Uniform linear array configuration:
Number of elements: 4
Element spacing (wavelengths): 0.25
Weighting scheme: hamming
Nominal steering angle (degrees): -45
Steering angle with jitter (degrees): -43.184
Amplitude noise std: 0.05
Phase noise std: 0.05

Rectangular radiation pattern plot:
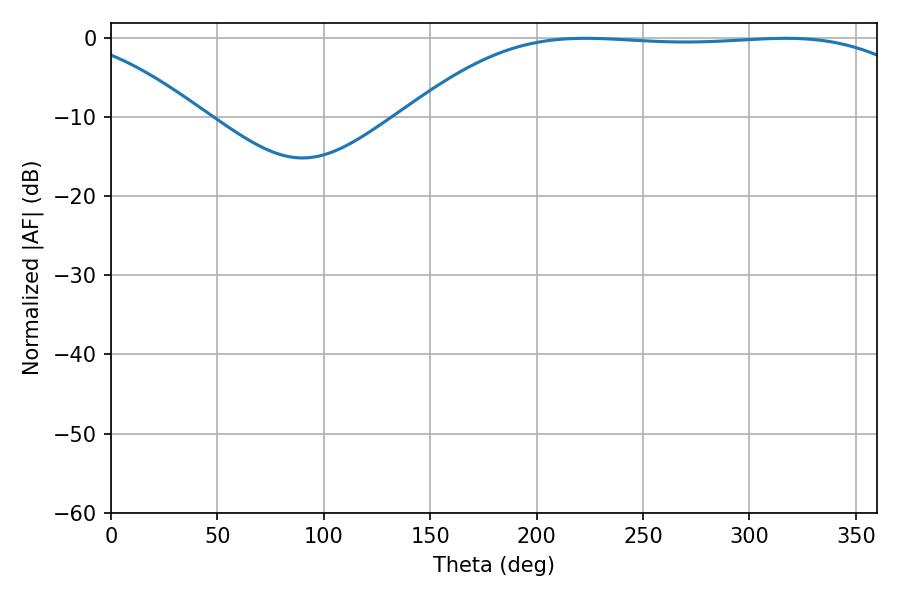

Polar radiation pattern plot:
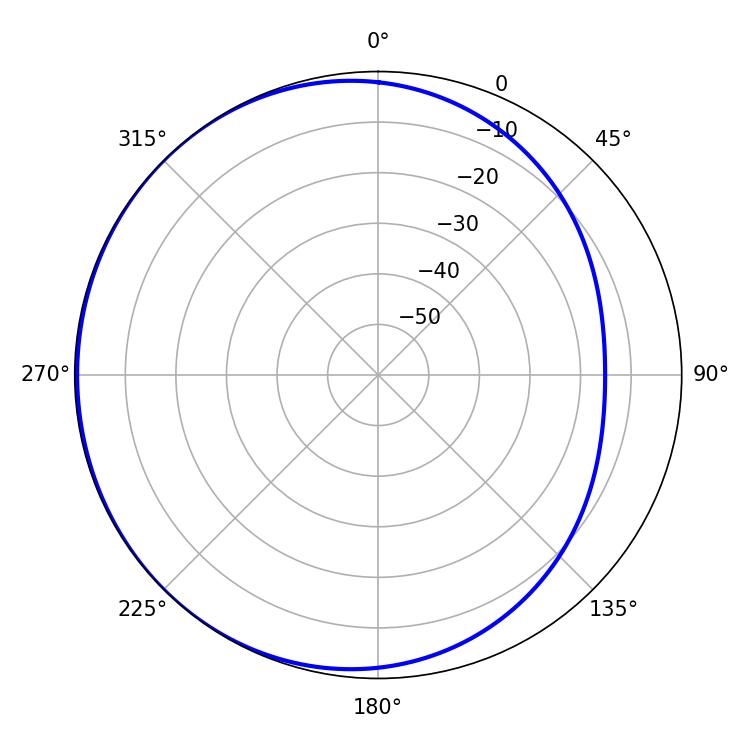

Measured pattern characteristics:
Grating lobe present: FALSE
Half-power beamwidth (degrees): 187.2
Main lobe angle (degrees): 222.84